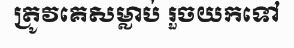
ត្រូវគេសម្លាប់ រួចយកទៅ